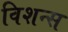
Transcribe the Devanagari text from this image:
विशन्स